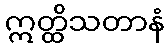
ဣတ္ထိသတာနံ